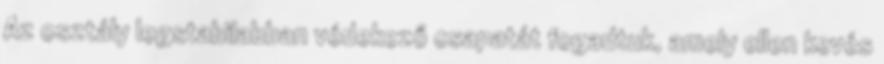
Az osztály legstabilabban védekező csapatát fogadtuk, amely ellen kevés